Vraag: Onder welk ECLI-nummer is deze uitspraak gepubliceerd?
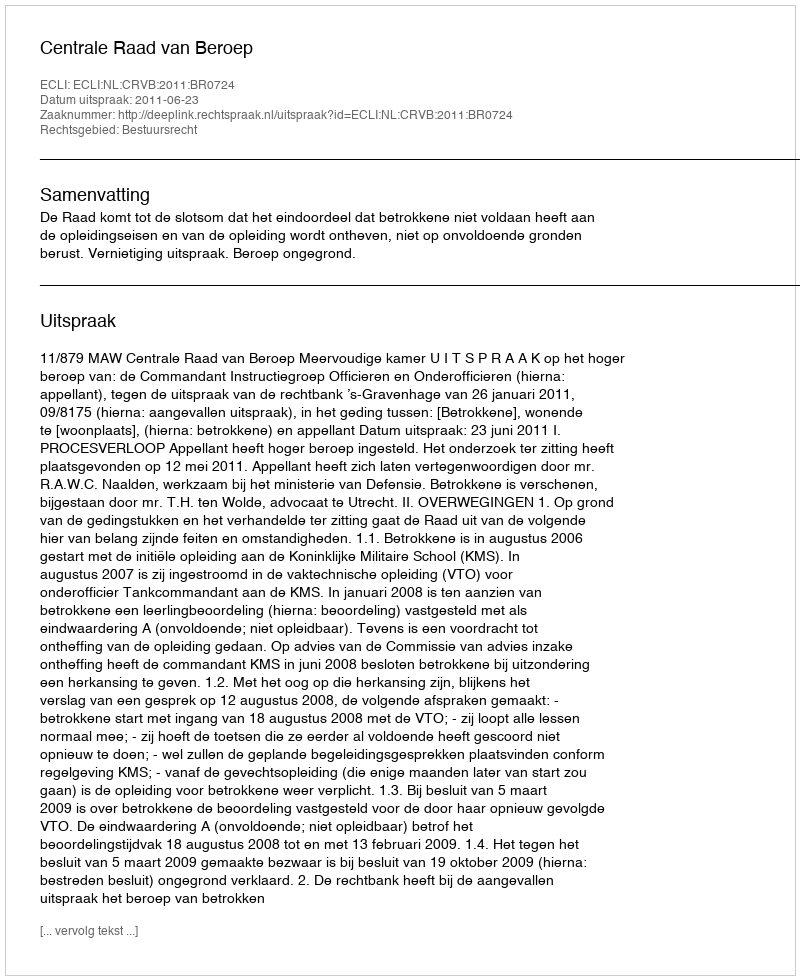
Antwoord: ECLI:NL:CRVB:2011:BR0724